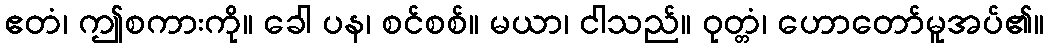
ဧတံ၊ ဤစကားကို။ ခေါ ပန၊ စင်စစ်။ မယာ၊ ငါသည်။ ဝုတ္တံ၊ ဟောတော်မူအပ်၏။